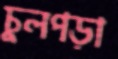
চুলপড়া